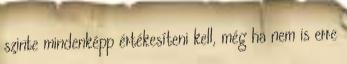
szinte mindenképp értékesíteni kell, még ha nem is erre